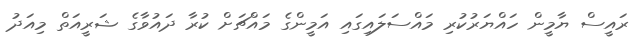
ރައީސް ޔާމީން ހައްޔަރުކުރި މައްސަލައިގައި އަމީންގެ މައްޗަށް ކުރާ ދައުވާގެ ޝަރީއަތް މިއަދު